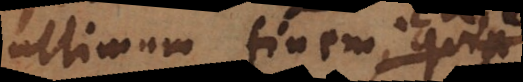
ultimum finem; quia